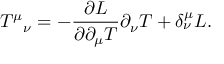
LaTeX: T ^ { \mu } { } _ { \nu } = - { \frac { \partial { \cal L } } { \partial \partial _ { \mu } T } } \partial _ { \nu } T + \delta _ { \nu } ^ { \mu } { \cal L } .